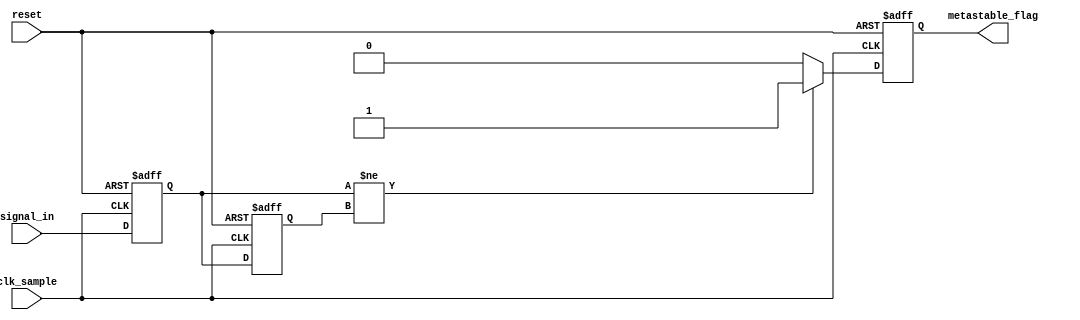
module metastability_detector (
    input wire clk_sample,         // Sampling clock
    input wire reset,              // Reset signal
    input wire signal_in,          // Input signal to monitor
    output reg metastable_flag     // Output flag indicating metastability
);

    // Internal signals for the two stages of the flip-flops
    reg reg1, reg2;

    // Sequential logic for the metastability detection
    always @(posedge clk_sample or posedge reset) begin
        if (reset) begin
            reg1 <= 1'b0;           // Initialize reg1 on reset
            reg2 <= 1'b0;           // Initialize reg2 on reset
            metastable_flag <= 1'b0; // Clear metastable flag on reset
        end else begin
            // Sample the input signal
            reg1 <= signal_in;       // First stage captures the input signal
            reg2 <= reg1;            // Second stage captures the output of the first stage
            
            // Metastability detection logic
            if (reg1 != reg2) begin
                metastable_flag <= 1'b1; // Set flag if reg1 and reg2 are different
            end else begin
                metastable_flag <= 1'b0; // Clear flag if they are the same
            end
        end
    end

endmodule